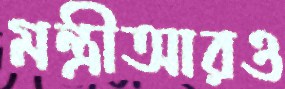
মন্ত্রীআরও